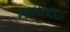
નામરદાઈ